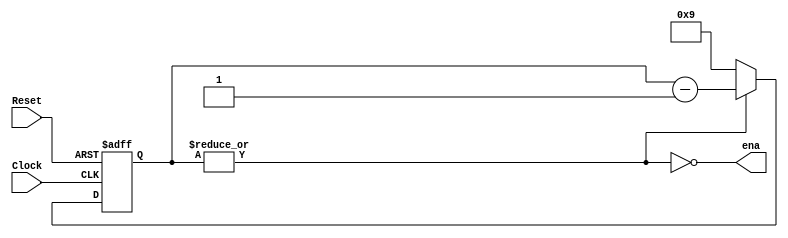
`default_nettype none
module divx_short(
   input Clock,
   input Reset,
   output ena
   );
   parameter div = 10;

   reg [31:0] count;
   assign ena = ~|count;

   always @(posedge Clock, negedge Reset)
      if (~Reset)
         count <= div - 1;
      else
         count <= ~|count ? div - 1 : count - 1;

endmodule